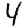
Digit: 4